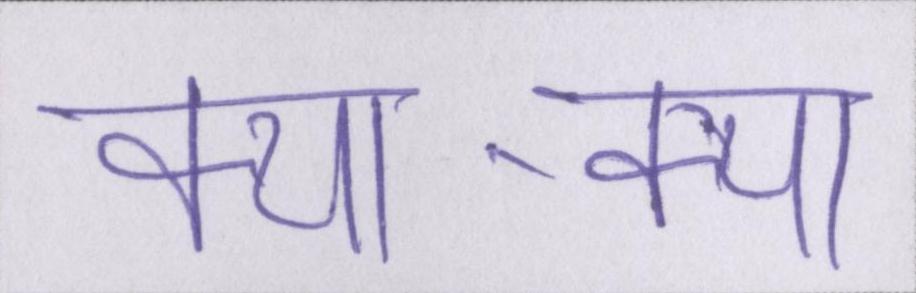
क्या-क्या